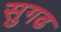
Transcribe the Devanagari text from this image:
सुगढ